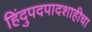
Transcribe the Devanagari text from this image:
हिंदुपदपादशाहीचा